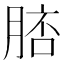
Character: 𦜟